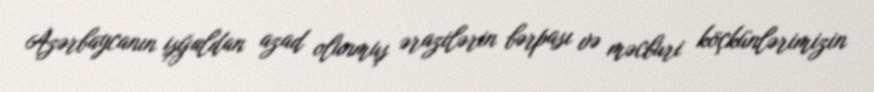
Azərbaycanın işğaldan azad olunmuş ərazilərin bərpası və məcburi köçkünlərimizin